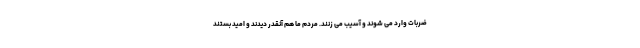
ضربات وارد می شوند و آسیب می زنند. مردم ما هم آنقدر دیدند و امید بستند